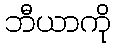
ဘီယာကို